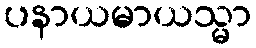
ပနာယမာယသ္မာ